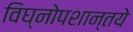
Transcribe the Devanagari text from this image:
विघ्नोपशान्तये